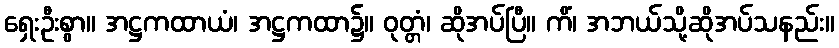
ရှေးဦးစွာ။ အဋ္ဌကထာယံ၊ အဋ္ဌကထာ၌။ ဝုတ္တံ၊ ဆိုအပ်ပြီ။ ကိံ၊ အဘယ်သို့ဆိုအပ်သနည်း။